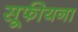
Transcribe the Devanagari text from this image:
सूफीयना